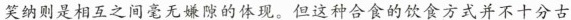
笑纳则是相互之间毫无嫌隙的体现。但这种合食的饮食方式并不十分古